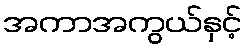
အကာအကွယ်နှင့်